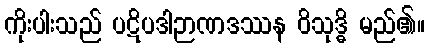
ကိုးပါးသည် ပဋိပဒါဉာဏဒဿန ဝိသုဒ္ဓိ မည်၏။